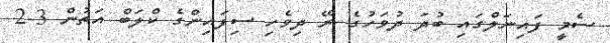
ސެމީ ފައިނަލްގައި ބުދަ ދުވަހުގެ ރޭ ދިވެހި ސިފައިންގެ ކްލަބް އަތުން 3-2